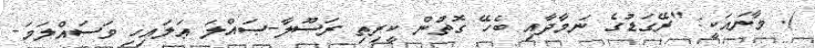
). މާނައަކީ: "ރޭގަޑުގެ ނަމާދާއި ބެހޭ ގޮތުން ކީރިތި ރަސޫލާ-ޞައްލަ ޢަލައިހި ވަސައްލަމަ-